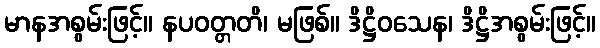
မာနအစွမ်းဖြင့်။ နပဝတ္တတိ၊ မဖြစ်။ ဒိဋ္ဌိဝသေန၊ ဒိဋ္ဌိအစွမ်းဖြင့်။